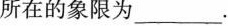
所在的象限为_______________________。